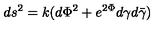
d s ^ { 2 } = k ( d { \Phi } ^ { 2 } + e ^ { 2 { \Phi } } { d { \gamma } } { d { \bar { \gamma } } } )